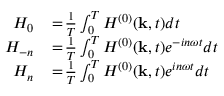
\begin{array} { r l } { H _ { 0 } } & { { } \! = \! \frac { 1 } { T } \int _ { 0 } ^ { T } H ^ { ( 0 ) } ( { \bf k } , t ) d t } \\ { \! H _ { - n } } & { { } \! = \! \frac { 1 } { T } \int _ { 0 } ^ { T } H ^ { ( 0 ) } ( { \bf k } , t ) e ^ { - i n \omega t } d t } \\ { \! H _ { n } } & { { } \! = \! \frac { 1 } { T } \int _ { 0 } ^ { T } H ^ { ( 0 ) } ( { \bf k } , t ) e ^ { i n \omega t } d t } \end{array}